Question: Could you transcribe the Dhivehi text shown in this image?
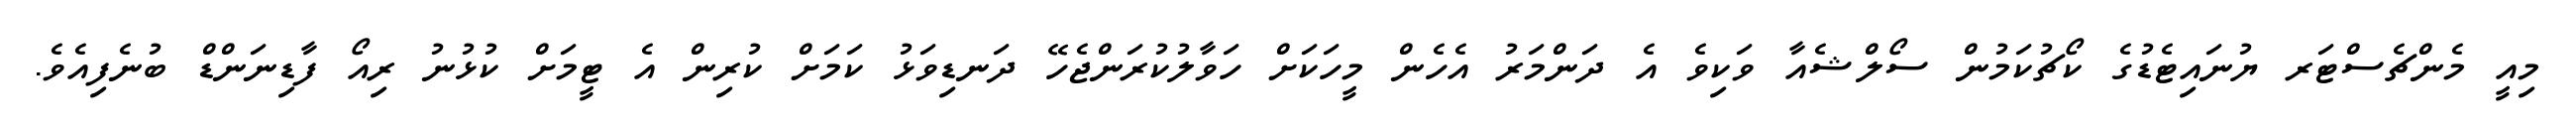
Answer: މިއީ މެންޗެސްޓަރ ޔުނައިޓެޑުގެ ކޯޗުކަމުން ސޯލްޝެއާ ވަކިވެ އެ ދަންމަރު އެހެން މީހަކަށް ހަވާލުކުރަންޖެހޭ ދަނޑިވަޅު ކަމަށް ކުރިން އެ ޓީމަށް ކުޅުނު ރިއޯ ފާޑިނަންޑް ބުނެފިއެވެ.